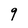
Character: 9